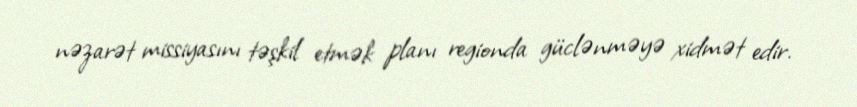
nəzarət missiyasını təşkil etmək planı regionda güclənməyə xidmət edir.